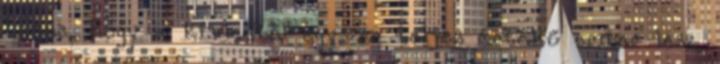
benne, hogy a kisdedből egyszer teljes értékű ember lesz,